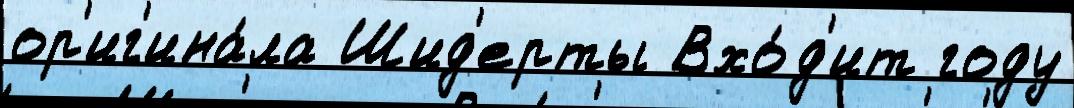
ор'иг'ина́ла Шид'ерты Вхо́д'ит году